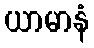
ယာမာနံ